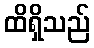
ထိရှိသည်